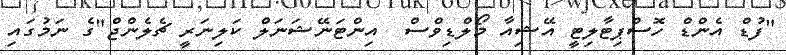
"ފުޑް އެންޑް ހޮސްޕިޓާލިޓީ އޭޝިއާ މޯލްޑިވްސް  އިންޓަނޭޝަނަލް ކަލިނަރީ ޗެލެންޖް"ގެ ނަމުގައި